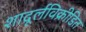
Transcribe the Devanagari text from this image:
शादूर्लविक्रीडित